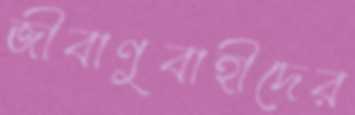
জীবাণুবাহীদের